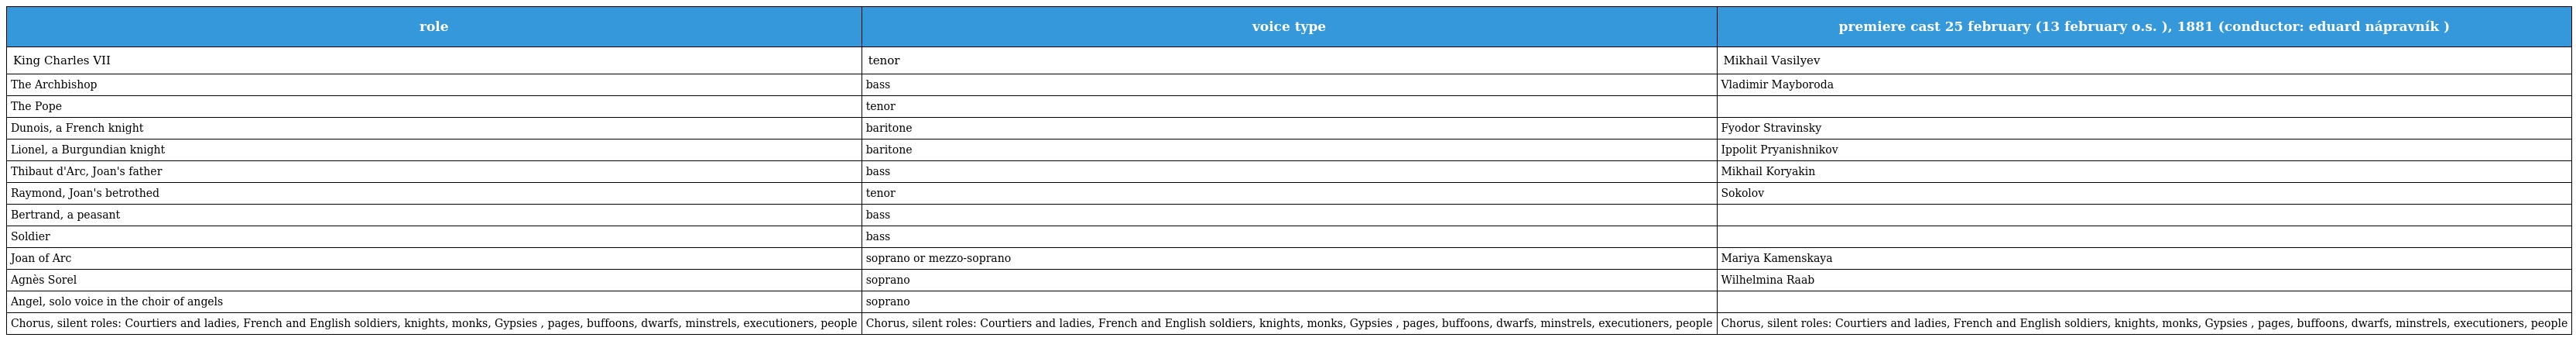
| role | voice type | premiere cast 25 february (13 february o.s. ), 1881 (conductor: eduard nápravník ) |
 | --- | --- | --- |
 | King Charles VII | tenor | Mikhail Vasilyev |
 | The Archbishop | bass | Vladimir Mayboroda |
 | The Pope | tenor |  |
 | Dunois, a French knight | baritone | Fyodor Stravinsky |
 | Lionel, a Burgundian knight | baritone | Ippolit Pryanishnikov |
 | Thibaut d'Arc, Joan's father | bass | Mikhail Koryakin |
 | Raymond, Joan's betrothed | tenor | Sokolov |
 | Bertrand, a peasant | bass |  |
 | Soldier | bass |  |
 | Joan of Arc | soprano or mezzo-soprano | Mariya Kamenskaya |
 | Agnès Sorel | soprano | Wilhelmina Raab |
 | Angel, solo voice in the choir of angels | soprano |  |
 | Chorus, silent roles: Courtiers and ladies, French and English soldiers, knights, monks, Gypsies , pages, buffoons, dwarfs, minstrels, executioners, people | Chorus, silent roles: Courtiers and ladies, French and English soldiers, knights, monks, Gypsies , pages, buffoons, dwarfs, minstrels, executioners, people | Chorus, silent roles: Courtiers and ladies, French and English soldiers, knights, monks, Gypsies , pages, buffoons, dwarfs, minstrels, executioners, people |